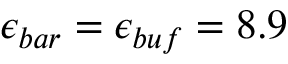
\epsilon _ { b a r } = \epsilon _ { b u f } = 8 . 9